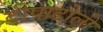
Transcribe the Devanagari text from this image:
दीपाटोली